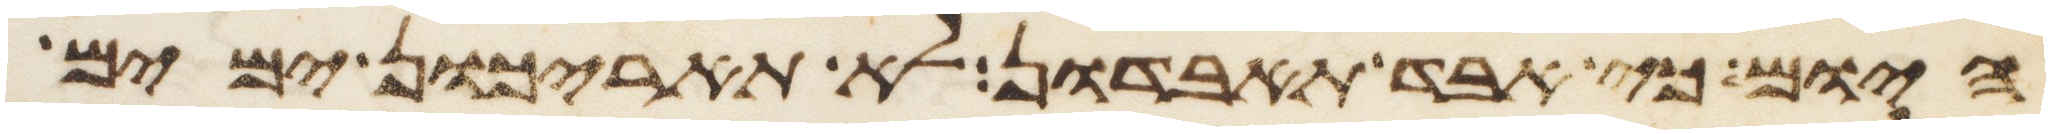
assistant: היום כי אבד תאבדון לא תאריכון ימים